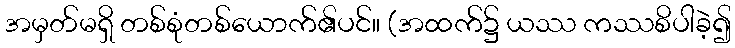
အမှတ်မရှိ တစ်စုံတစ်ယောက်၏ပင်။ (အထက်၌ ယဿ ကဿစိပါခဲ့၍